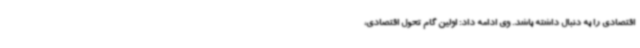
اقتصادی را به دنبال داشته باشد. وی ادامه داد: اولین گام تحول اقتصادی،